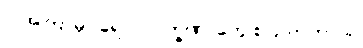
လအကြာမှာ ရောဂါလက္ခဏာတွေ စပြလာတာပါ။